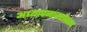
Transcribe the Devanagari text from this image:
अध्यापनाबरोबरच